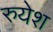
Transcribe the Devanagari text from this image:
रुयेश